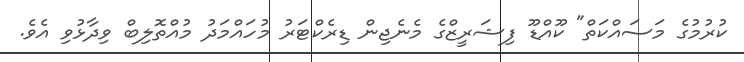
ކުރުމުގެ މަސައްކަތް" ކޫއްޑޫ ފިޝަރީޒްގެ މެނެޖިން ޑިރެކްޓަރު މުހައްމަދު މުއްތޮލިބް ވިދާޅުވި އެވެ.